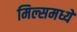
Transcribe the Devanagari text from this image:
मिल्समध्ये